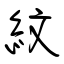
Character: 紋